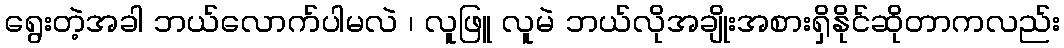
ရွေးတဲ့အခါ ဘယ်လောက်ပါမလဲ ၊ လူဖြူ လူမဲ ဘယ်လိုအချိုးအစားရှိနိုင်ဆိုတာကလည်း